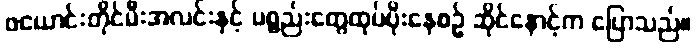
ဖယောင်းတိုင်မီးအလင်းနှင့် ပစ္စည်းတွေထုပ်ပိုးနေစဉ် ဆိုင်နောင့်က ပြောသည်။